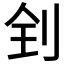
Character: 𠛮